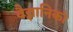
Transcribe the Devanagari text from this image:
वैज्ञानिकां